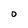
Character: O